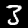
Label: 3